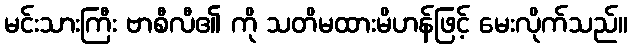
မင်းသားကြီး ဗာစီလီ၏ ကို သတိမထားမိဟန်ဖြင့် မေးလိုက်သည်။